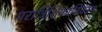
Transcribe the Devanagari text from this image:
परात्रिशिकाविवरण